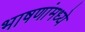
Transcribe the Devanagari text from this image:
भाषणांमध्ये